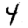
Digit: 4